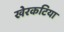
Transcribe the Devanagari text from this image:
खेरकटिया